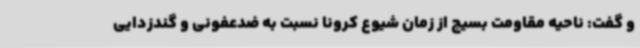
و گفت: ناحیه مقاومت بسیج از زمان شیوع کرونا نسبت به ضدعفونی و گندزدایی